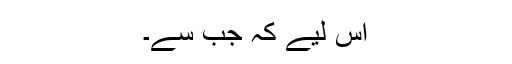
اس لیے کہ جب سے۔